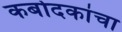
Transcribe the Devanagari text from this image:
कर्बोदकांचा